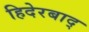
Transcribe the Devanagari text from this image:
हिदेरबाद्